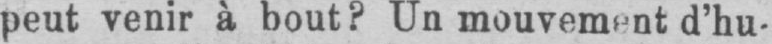
peut venir à bout? Un mouvement d’hu-